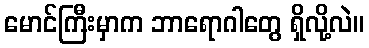
မောင်ကြီးမှာက ဘာရောဂါတွေ ရှိလို့လဲ။